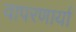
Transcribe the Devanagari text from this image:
वापरणार्या